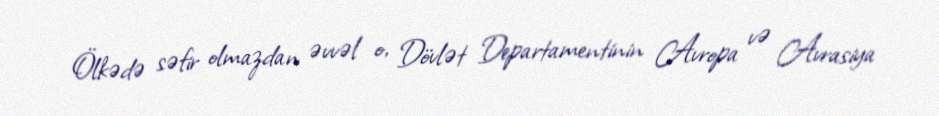
Ölkədə səfir olmazdan əvvəl o, Dövlət Departamentinin Avropa və Avrasiya